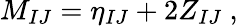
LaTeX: M_{IJ}=\eta_{IJ}+2Z_{IJ}\ ,